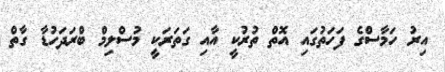
އިރު ހަމާސްގެ ފަހަތުގައި އޮތް ތުރުކީ އާއި ގަތަރަކީ މުސްލިމް ބްރަދަހުޑާ ގާތް